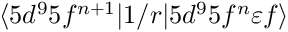
\langle 5 d ^ { 9 } 5 f ^ { n + 1 } | 1 / r | 5 d ^ { 9 } 5 f ^ { n } \varepsilon { f } \rangle